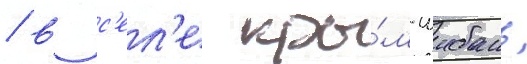
/ в с'ел'е кры́м-шибань